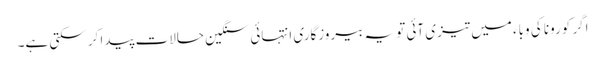
اگر کورونا کی وباء میں تیزی آئی تو یہ بیروزگاری انتہائی سنگین حالات پیدا کر سکتی ہے۔